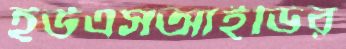
ইউএসআইডির